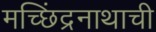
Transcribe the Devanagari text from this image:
मच्छिंद्रनाथाची